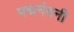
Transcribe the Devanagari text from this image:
पद्मनंदनी